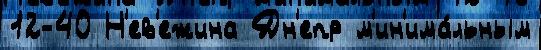
12-40 Н'ев'ежина Дн'епр м'ин'има́льным